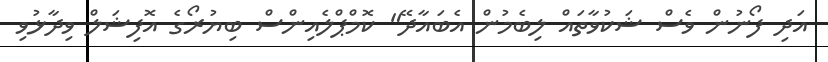
އަދި ފޯނުން ވެސް ޝަކުވާތައް ލިބެމުން އެބައާދޭ" ކޮމްޕްލެއިންސް ބިޔުރޯގެ އޮފިޝަލް ވިދާޅުވި